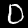
Label: 0